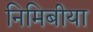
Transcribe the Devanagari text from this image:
निमिबीया